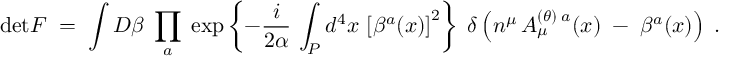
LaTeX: \mathrm { d e t } { \cal F } \; = \; \int { \cal D } \beta \; \prod _ { a } \; \exp \left\{ - \frac { i } { 2 \alpha } \, \int _ { P } d ^ { 4 } x \, \left[ \beta ^ { a } ( x ) \right] ^ { 2 } \right\} \; \delta \left( n ^ { \mu } \, { \cal A } _ { \mu } ^ { ( \theta ) \; a } ( x ) \; - \; \beta ^ { a } ( x ) \right) \; .